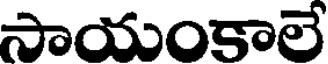
సాయంకాలే